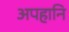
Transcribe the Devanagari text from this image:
अपहानि